Lunatic asylums Madras 1892-1911 - 1892-1911
Year: 1892
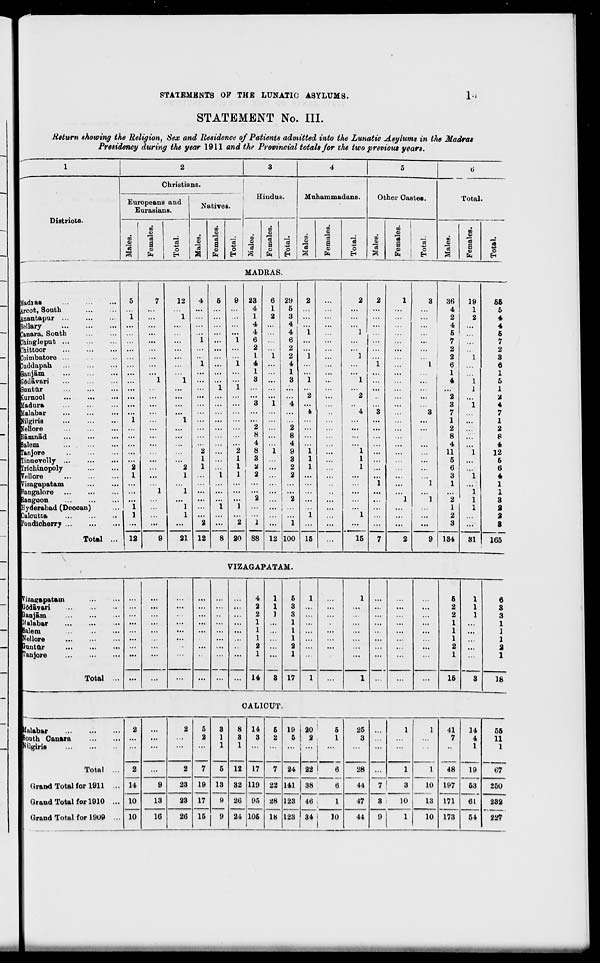
STATEMENTS OF THE LUNATIC ASYLUMS.
STATEMENT No. III.
Return showing the Religion, Sex and Residence of Patients admitted into the Lunatic Asylums in the Madras
Presidency during the year 1911 and the Provincial totals Jor the two previous years.
Hadias
ircofc, Soath
inantapur
Bellary
Canara, Soath
Dhingleput
Cbittoor
Coiinbatore ■ •
Duddapab.
Qanjam
SOdavari
Snntur
(urnool
Madura
Malabar
Jilgiria
fellore
R&mnad
Salem
... .
Tanjore
Tinnevelly ...
Trichinopoly
Vtdlore
Vizagapatani
Rangalore
langoon
Hyderabad (Deooan)
Calcutta
'ondicherry ...
Vizagapatam
Gddavari
3 an jam
Malabar
alera
^'cI lure
.
Jtmtur
Tanjore
1
2
3
4
5
6
Christians.
Hindus.
Mnhammadans.
Other Castes.
Total
Europeans and
Eurasians.
Natives.
Districts.
.
CO
CD
13
CD
V
13
a
ft
o
CO
9
"as
3
CD
CD
13
a
CD
ft
S3
43
o
H
CO
5
"3
co
CD
"3
S
CD
ft
13
i
CO
CD
13
to
CD
"3
a
CD
ft
13
O
H
CO
<D
13
: Females.
i
13
s
13
m
CD
13
S
CD
ft
o
EH
MADRAS.
5
1
12
1
Total ... 12
2
1
2
1
1
...
1
...
1
1
21
23
4
1
4
4
6
2
I
4
1
3
12
2
8
1
3
I
2
1
2
...
2
1
...
2
1
20 88
29
5
3
4
4
6
2
2
4
1
3
2
8
4
9
3
2
2
12 100
1
15
2
2
1
...
1
i
1
...
2
4
3
1
1
1
...
"i
1
7
15
36
4 >
2
4
5
7
2
2
6
1
4
2
3
7
1
2
8
4
11
5
6
3
1
2
1
2
3
134
19
1
2
VIZAGAPATAM.
CALICUT.
56
5
4
4
5
7
2
3
6
1
5
1
2
4
7
1
2
8
4
12
6
6
4
1
1
3
a
8
31
165
4
1
5
1
1
5
1
6
...
...
...
.. i
2
1
3
...
...
2
1
3
...
...
2
1
3
2
1
3
... ...
...
...
1
1
1
1
...
...
...
...
...
...
1
1
...
1
1
...
...
...
...
...
...
1
1
...
1
1
Ill
...
2
2
2
2
...
...
...
...
...
1
14
3
1
17
1
...
1
3
1
Total ...
...
...
...
...
...
1
...
...
15
18
Malabar
ionth Canara
^ilgiro
Total ...
Grand Total for 1911 ...
Grand Total for 1910 ...
Grand Total for 1909 ...
2
2
14
10
10
...
2
5
2
7
19
17
15
3
1
1
5
13
9
9
8
3
1
12
32
26
24
14
3
17
119
95
105
5
2
7
22
28
18
19
5
...
24
141
20
2
....
i
22
5
1
6
25
3
7
1
1
1
10
13
41
7
48
197
171
173
14
4
1
19
63
61
56
11
1
...
2
28
44
1
67
9
23
38
6
3
250
13
23
123
123
46
34 i
1
1
47
3
10
232
16
26
10
44
9
1
10
54
227